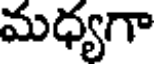
మధ్యగా